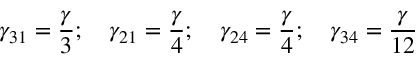
\gamma _ { 3 1 } = \frac { \gamma } { 3 } ; \quad \gamma _ { 2 1 } = \frac { \gamma } { 4 } ; \quad \gamma _ { 2 4 } = \frac { \gamma } { 4 } ; \quad \gamma _ { 3 4 } = \frac { \gamma } { 1 2 }